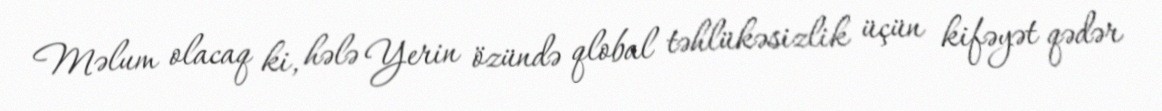
Məlum olacaq ki, hələ Yerin özündə qlobal təhlükəsizlik üçün kifəyət qədər